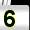
Digit: 5